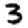
Digit: 3